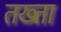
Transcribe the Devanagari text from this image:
तख्‍ता